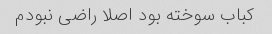
کباب سوخته بود اصلا راضی نبودم